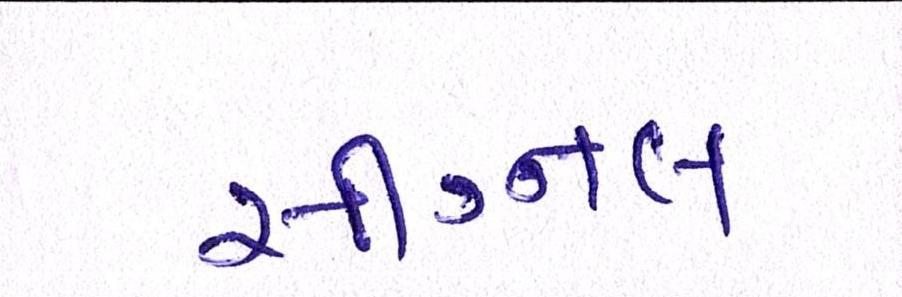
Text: સીગ્નલ